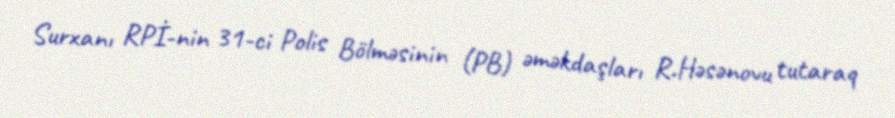
Surxanı RPİ-nin 31-ci Polis Bölməsinin (PB) əməkdaşları R.Həsənovu tutaraq